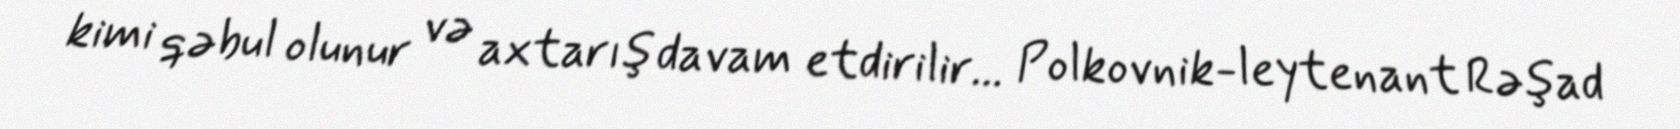
kimi qəbul olunur və axtarış davam etdirilir... Polkovnik-leytenant Rəşad